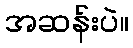
အဆန်းပဲ။